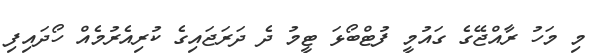
މި މަހު ރާއްޖޭގެ ގައުމީ ފުޓްބޯޅަ ޓީމު ދެ ދަރަޖައިގެ ކުރިއެރުމެއް ހޯދައިފި